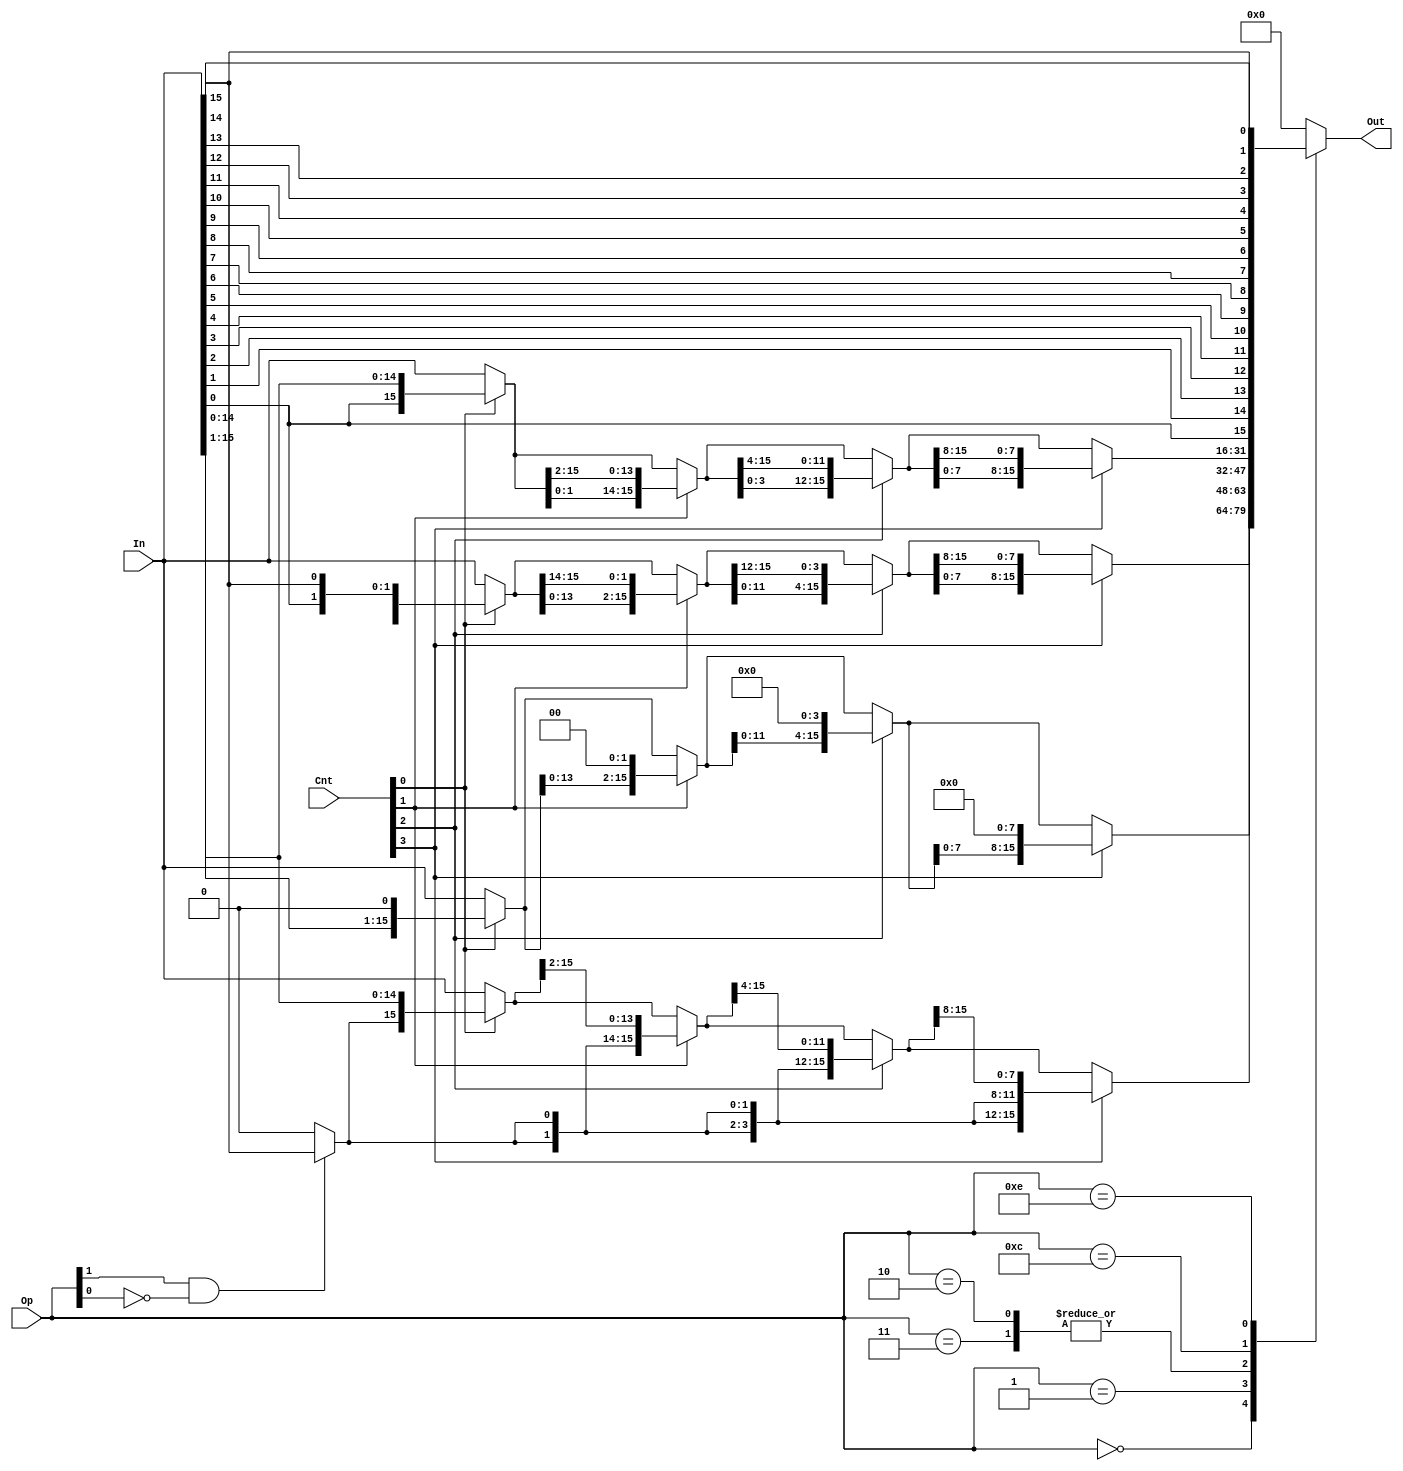
module shifter (In, Cnt, Op, Out);
   
   input [15:0] In;
   input [3:0]  Cnt;
   input [3:0]  Op;
   output reg [15:0] Out;

wire select;
wire append;
reg [15:0] stage_0;
reg [15:0] stage_1;
reg [15:0] stage_2;
wire [15:0] In_rev;

	  assign select = Op[1] & ~Op[0];
	  assign append = select ? In[15] : 1'b0;


assign In_rev[0] = In[15];
assign In_rev[1] = In[14];
assign In_rev[2] = In[13];
assign In_rev[3] = In[12];
assign In_rev[4] = In[11];
assign In_rev[5] = In[10];
assign In_rev[6] = In[9];
assign In_rev[7] = In[8];
assign In_rev[8] = In[7];
assign In_rev[9] = In[6];
assign In_rev[10] = In[5];
assign In_rev[11] = In[4];
assign In_rev[12] = In[3];
assign In_rev[13] = In[2];
assign In_rev[14] = In[1];
assign In_rev[15] = In[0];


  always @(*) begin
	 
	  case (Op) 
		  4'b0000 : begin  //ROL
			  stage_0  = Cnt[0] ? { In[14:0]      ,      In[15]    }: In;
			  stage_1  = Cnt[1] ? { stage_0[13:0] , stage_0[15:14] }: stage_0;
			  stage_2  = Cnt[2] ? { stage_1[11:0] , stage_1[15:12] }: stage_1;
			  Out      = Cnt[3] ? { stage_2 [7:0] , stage_2[15:8]  }: stage_2;
		  end
		  4'b0001 : begin  //SL
			  stage_0 =  Cnt[0] ? ({In[14:0],1'b0}) :  In[15:0] ;
			  stage_1 =  Cnt[1] ? ({stage_0[13:0],2'b0}) :  stage_0[15:0] ;
			  stage_2 =  Cnt[2] ? ({stage_1[11:0],4'b0}) :  stage_1[15:0] ;
			  Out     =  Cnt[3] ? ({stage_2[7:0],8'b0})  :  stage_2[15:0] ;
  		    end
		  4'b0010,4'b0011 : begin //SRA,SRL
			  stage_0 =  Cnt[0] ? ({append,In[15:1]}) :  In[15:0] ;
			  stage_1 =  Cnt[1] ? ({{2{append}},stage_0[15:2]}) :  stage_0[15:0] ;
			  stage_2 =  Cnt[2] ? ({{4{append}},stage_1[15:4]}) :  stage_1[15:0] ;
			  Out     =  Cnt[3] ? ({{8{append}},stage_2[15:8]})  :  stage_2[15:0] ;
			    
		  end
		  4'b1100 : begin  //ROR
			  stage_0  = Cnt[0] ? { In[0]        , In[15:1]      }: In;
			  stage_1  = Cnt[1] ? { stage_0[1:0] , stage_0[15:2] }: stage_0;
			  stage_2  = Cnt[2] ? { stage_1[3:0] , stage_1[15:4] }: stage_1;
			  Out      = Cnt[3] ? { stage_2[7:0] , stage_2[15:8] }: stage_2;
		  end
		  4'b1110 : begin  //BITR
			  Out      = In_rev ;
		  end
		
		  default : begin
			  Out = {16{1'b0}};
		  end
  endcase
  end


endmodule